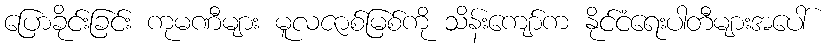
ပြောခိုင်းခြင်း ကုမဏီများ မူလဇာစ်မြစ်ကို သိန်းကျော်က နိုင်ငံရေးပါတီများအပေါ်